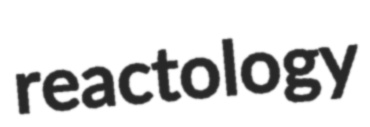
reactology